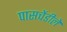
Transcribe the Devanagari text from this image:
पासचेंडीले